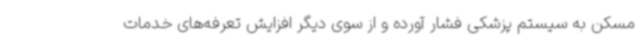
مسکن به سیستم پزشکی فشار آورده و از سوی دیگر افزایش تعرفه‌های خدمات